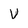
Character: V